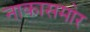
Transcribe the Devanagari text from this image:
नाकासमोर